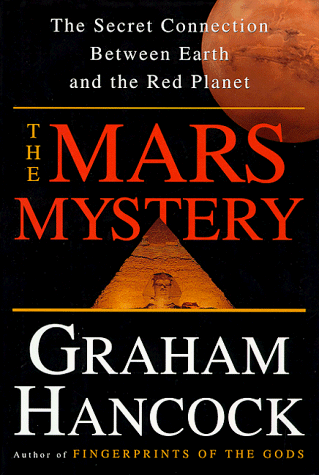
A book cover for The Mars Mystery: The Secret Connection Between Earth and the Red Planet; Graham Hancock; Science & Math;